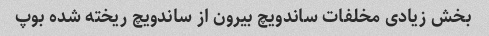
بخش زیادی مخلفات ساندویچ بیرون از ساندویچ ریخته شده بوپ